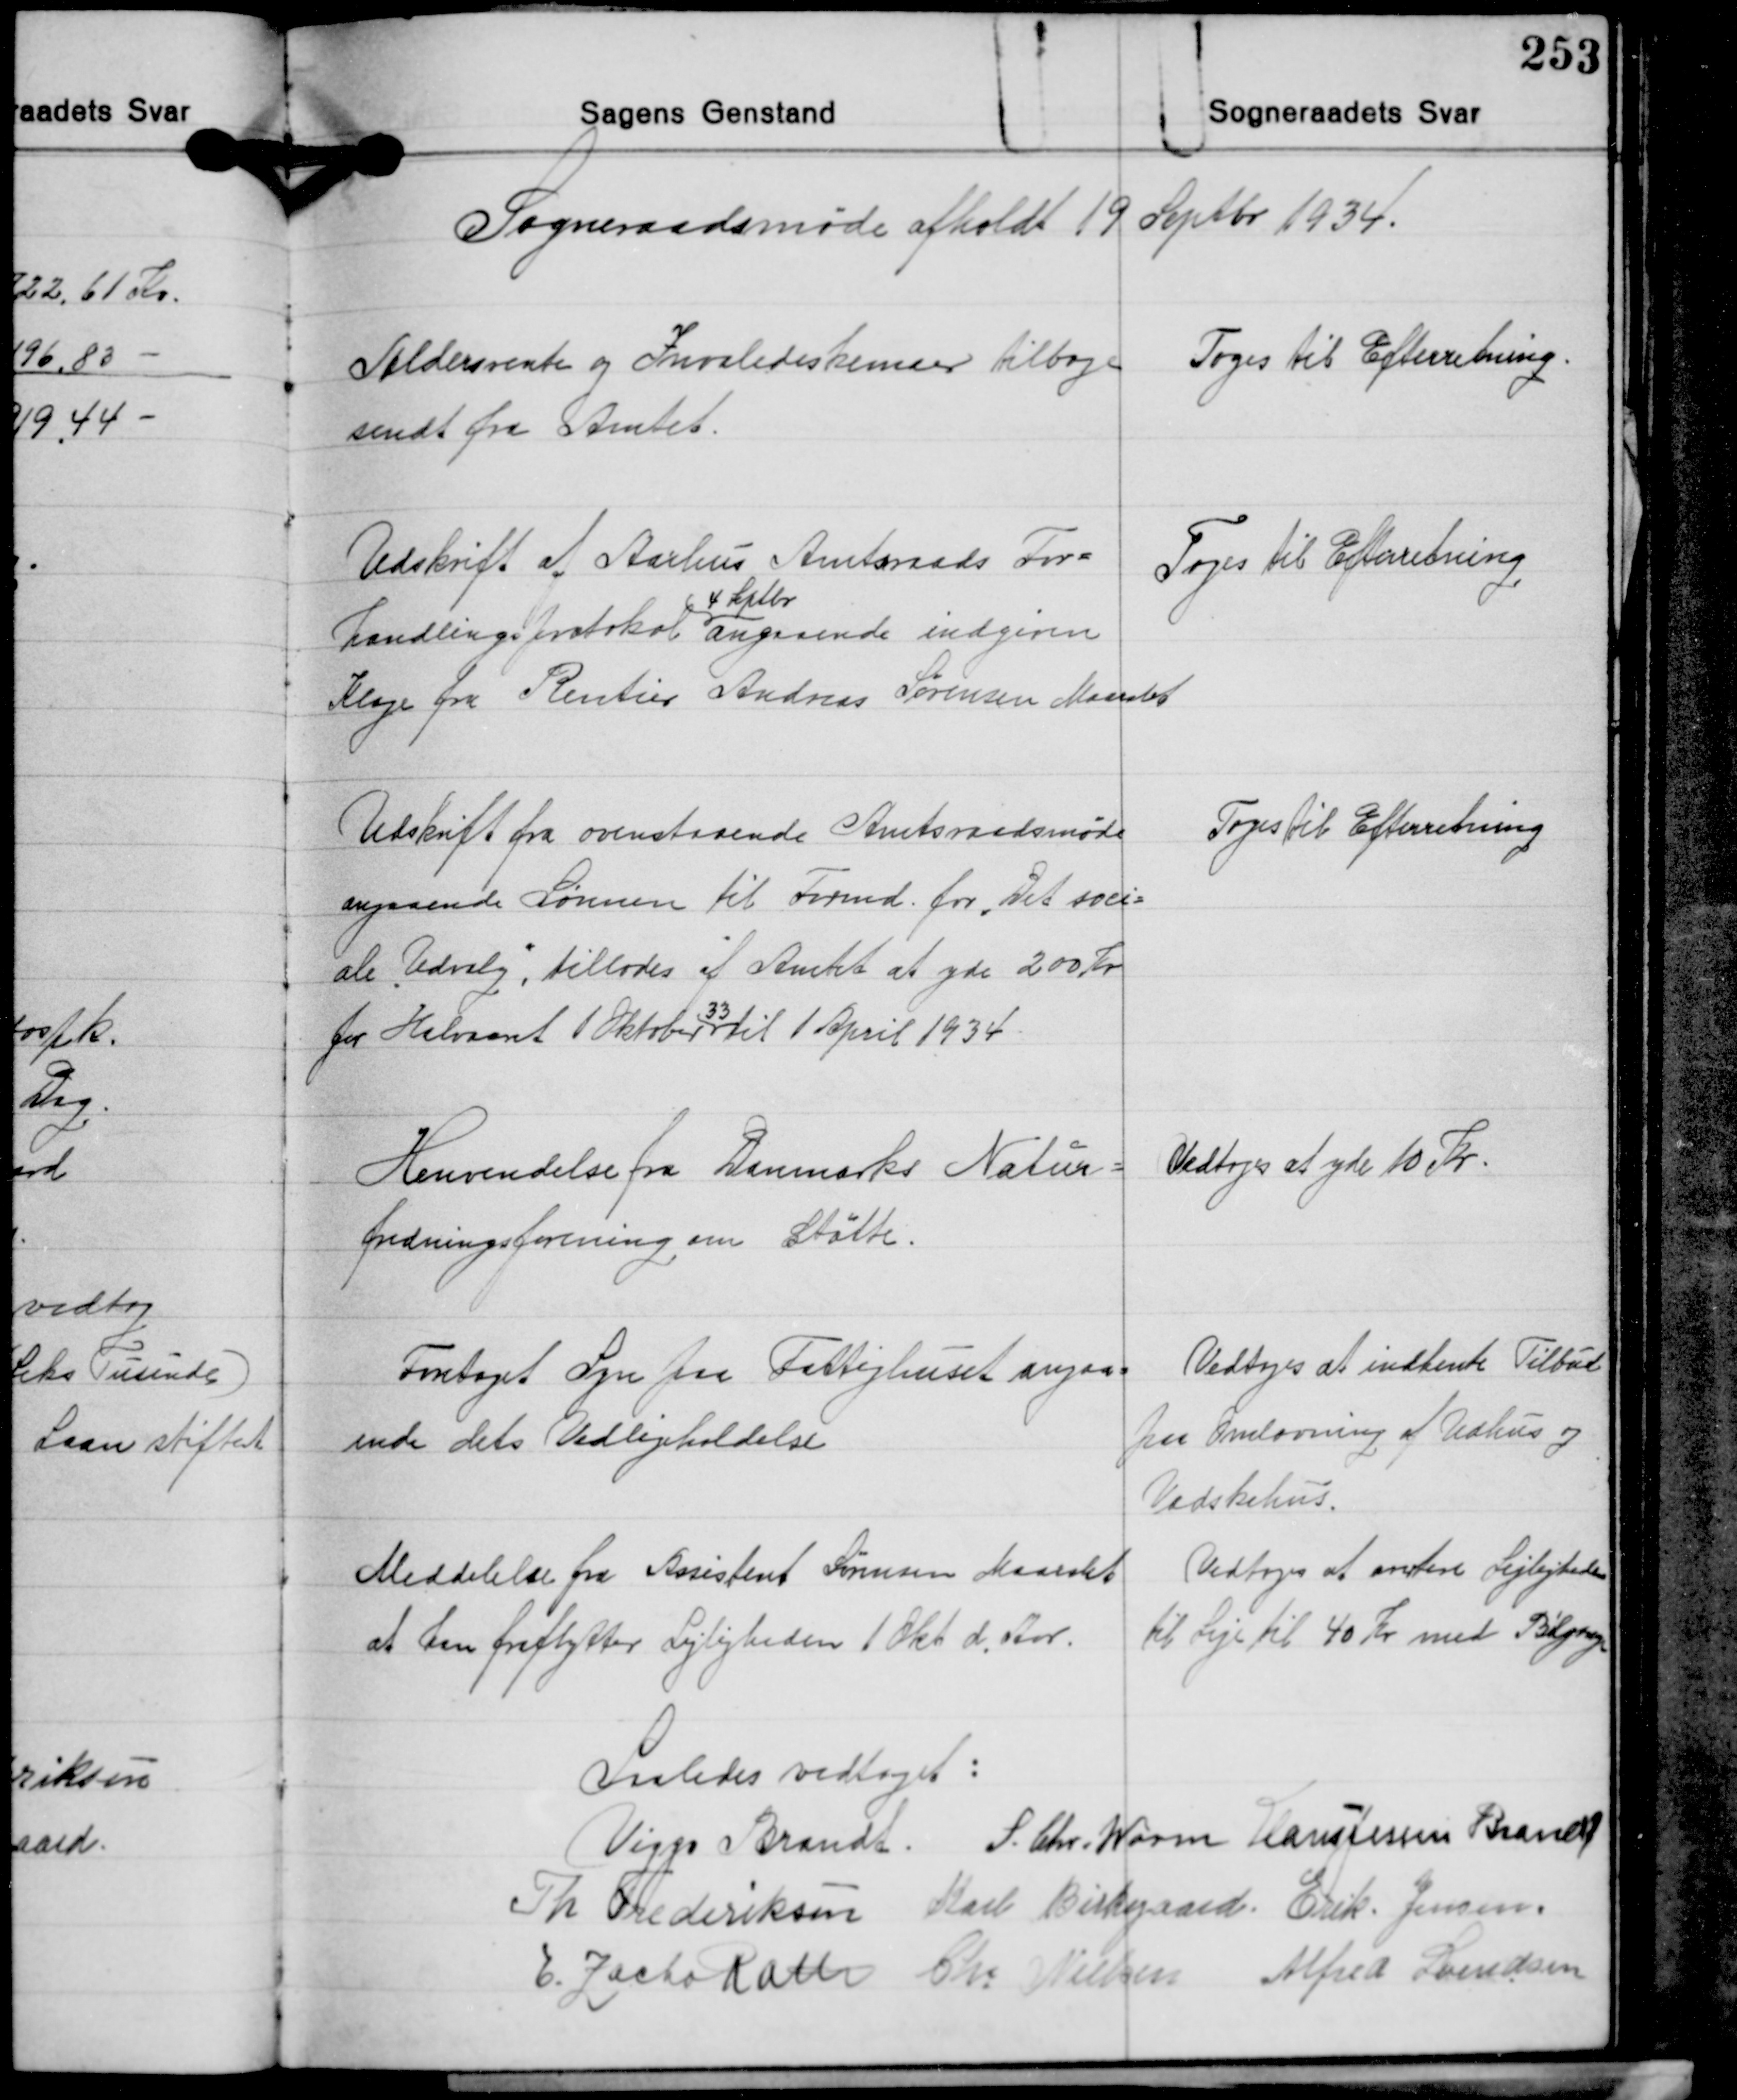
Transskription:
Sogneraadsmøde afholdt 19 Septbr. 1934.

Aldersrente og Invalideskemaer tilbage-
sendt fra Amtet.

Toges til Efterretning.

Udskrift af Aarhus Amtsraads For-
4 Septbr.
handlingsprotokol angaaende indgiven
Klage fra Rentier Andreas Sørensen Maarslet

Toges til Efteretning

Udskrift fra ovenstaaende Amtsraadsmøde
angaaende Lønnen til Formd. for "Det soci-
ale Udvalg, tillodes af Amtet at yde 200 Kr.
for Halvaaret Oktober til 1 April 1934.
33

Toges til Efterretning

Henvendelse fra Danmarks Natur-
fredningsforening om Støtte.

Vedtoges at yde 10 Kr.

Foretaget Syn paa Fattighuset angaa-
ende dets Vedligeholdelse

Vedtoges at indhente Tilbud
paa Omlavning af Udhus og
Vadskehus.

Meddelelse fra Assistent Sørensen Maarslet
at han fraflytter Lejligheden 1 Okt. d. Aar.

Vedtoges at avertere Lejligheden
til Leje til 40 Kr. med Bilgarage

saaledes vedtaget:
Viggo Brandt S. Chr. Worm Hans Jessen Brandt
Th. Frederiksen Karl Birkegaard Erik Jensen
E. Zacho Rath Chr. Nielsen Alfred Svendsen